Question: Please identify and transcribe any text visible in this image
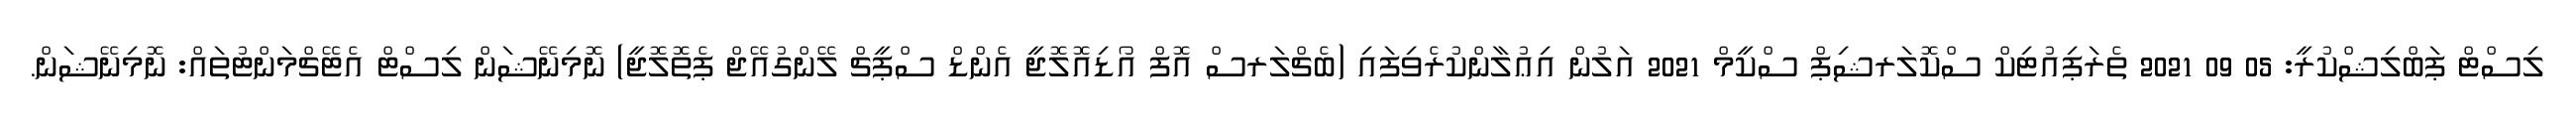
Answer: ލިސްޓް ޕަބްލިޝްކުރީ: 05 09 2021 ތެރަޕިއުޓިކް ސްކޮލަރޝިޕް ސްކީމް 2021 އަލުން އިޢުލާންކުރެވިފައި (ބެޗްލަރސް އޮފް އޯޑިއޮލޮޖީ އެންޑް ސްޕީޗް ލޭންގުއޭޖް ޕެތޮލޮޖީ) ނޮމިނޭޝަން ލިސްޓް އެޓޭޗްމަންޓުތައް: ނޮމިނޭޝަން.